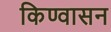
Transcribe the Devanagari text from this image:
किण्वासन